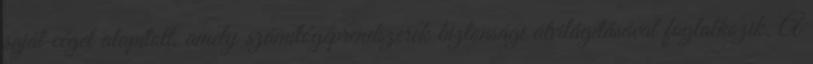
saját céget alapított, amely számítógéprendszerek biztonsági átvilágításával foglalkozik. A